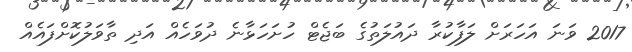
2017 ވަނަ އަހަރަށް ލަފާކުރާ ދައުލަތުގެ ބަޖެޓް ހުށަހަޅާނެ ދުވަހެއް އަދި ތާވަލުކޮށްފައެއް